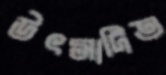
উৎসাদিত